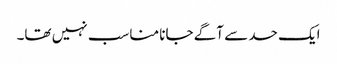
ایک حد سے آگے جانا مناسب نہیں تھا۔